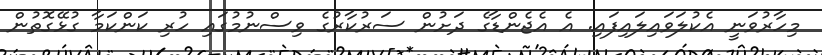
މިހާރުވަނީ އެކުލަވައިލައިފައި. އެ އެޖެންޑާގެ ދަށުން ސަރުކާރުގެ ވިސްނުމުގައި ހުރި ކަންކަމާ ގުޅޭގޮތުން